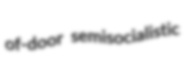
of-door semisocialistic